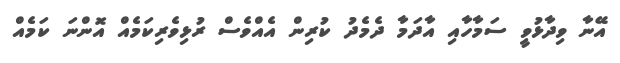
އޭނާ ވިދާޅުވީ ސަމާހާއި އާދަމާ ދެމެދު ކުރިން އެއްވެސް ރުޅިވެރިކަމެއް އޮންނަ ކަމެއް